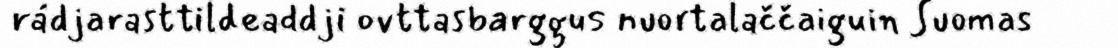
rádjarasttildeaddji ovttasbarggus nuortalaččaiguin Suomas